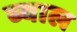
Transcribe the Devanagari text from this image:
ब्‍याल